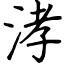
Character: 涍